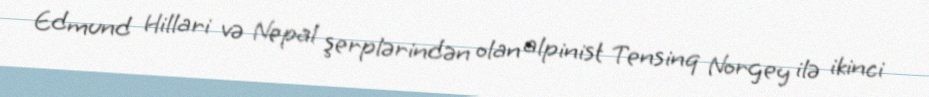
Edmund Hillari və Nepal şerplərindən olan alpinist Tensinq Norgey ilə ikinci